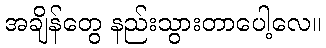
အချိန်တွေ နည်းသွားတာပေါ့လေ။